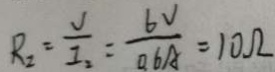
R _ { 2 } = \frac { V } { I _ { 2 } } = \frac { 6 V } { 0 . 6 A } = 1 0 \Omega